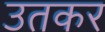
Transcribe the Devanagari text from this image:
उतकर